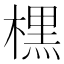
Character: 𣘸